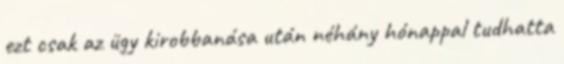
ezt csak az ügy kirobbanása után néhány hónappal tudhatta